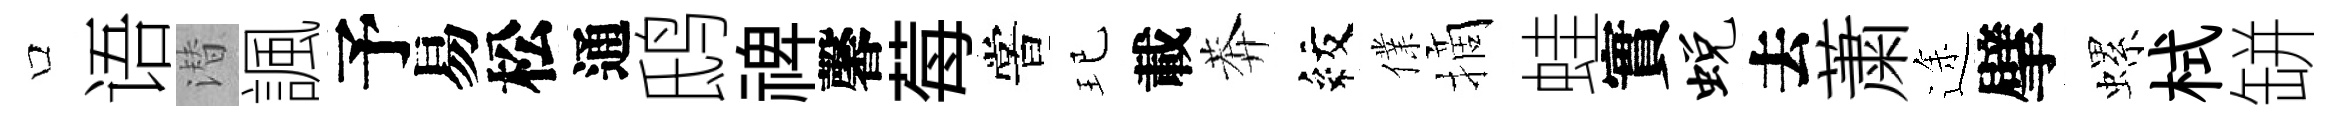
口语潜諷予易松通鸱禆馨莓嘗玘載莾紋㒒摘蛙實蜕去䔥途擘螺栻缾